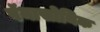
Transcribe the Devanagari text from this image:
पॅनासोनिक